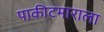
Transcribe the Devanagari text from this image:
पाकीटमाराला